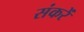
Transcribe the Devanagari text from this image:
संकरें